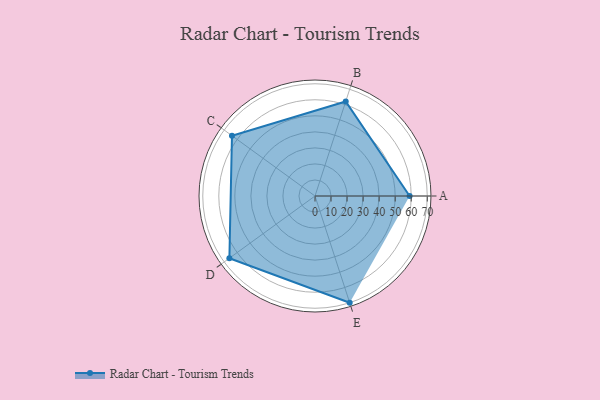
{"axis": {"x": "Skill", "y": "Score"}, "legend": ["Profile"], "data": [{"x": "A", "y": 59.0, "type": "Profile"}, {"x": "B", "y": 62.0, "type": "Profile"}, {"x": "C", "y": 64.0, "type": "Profile"}, {"x": "D", "y": 66.0, "type": "Profile"}, {"x": "E", "y": 70.0, "type": "Profile"}]}